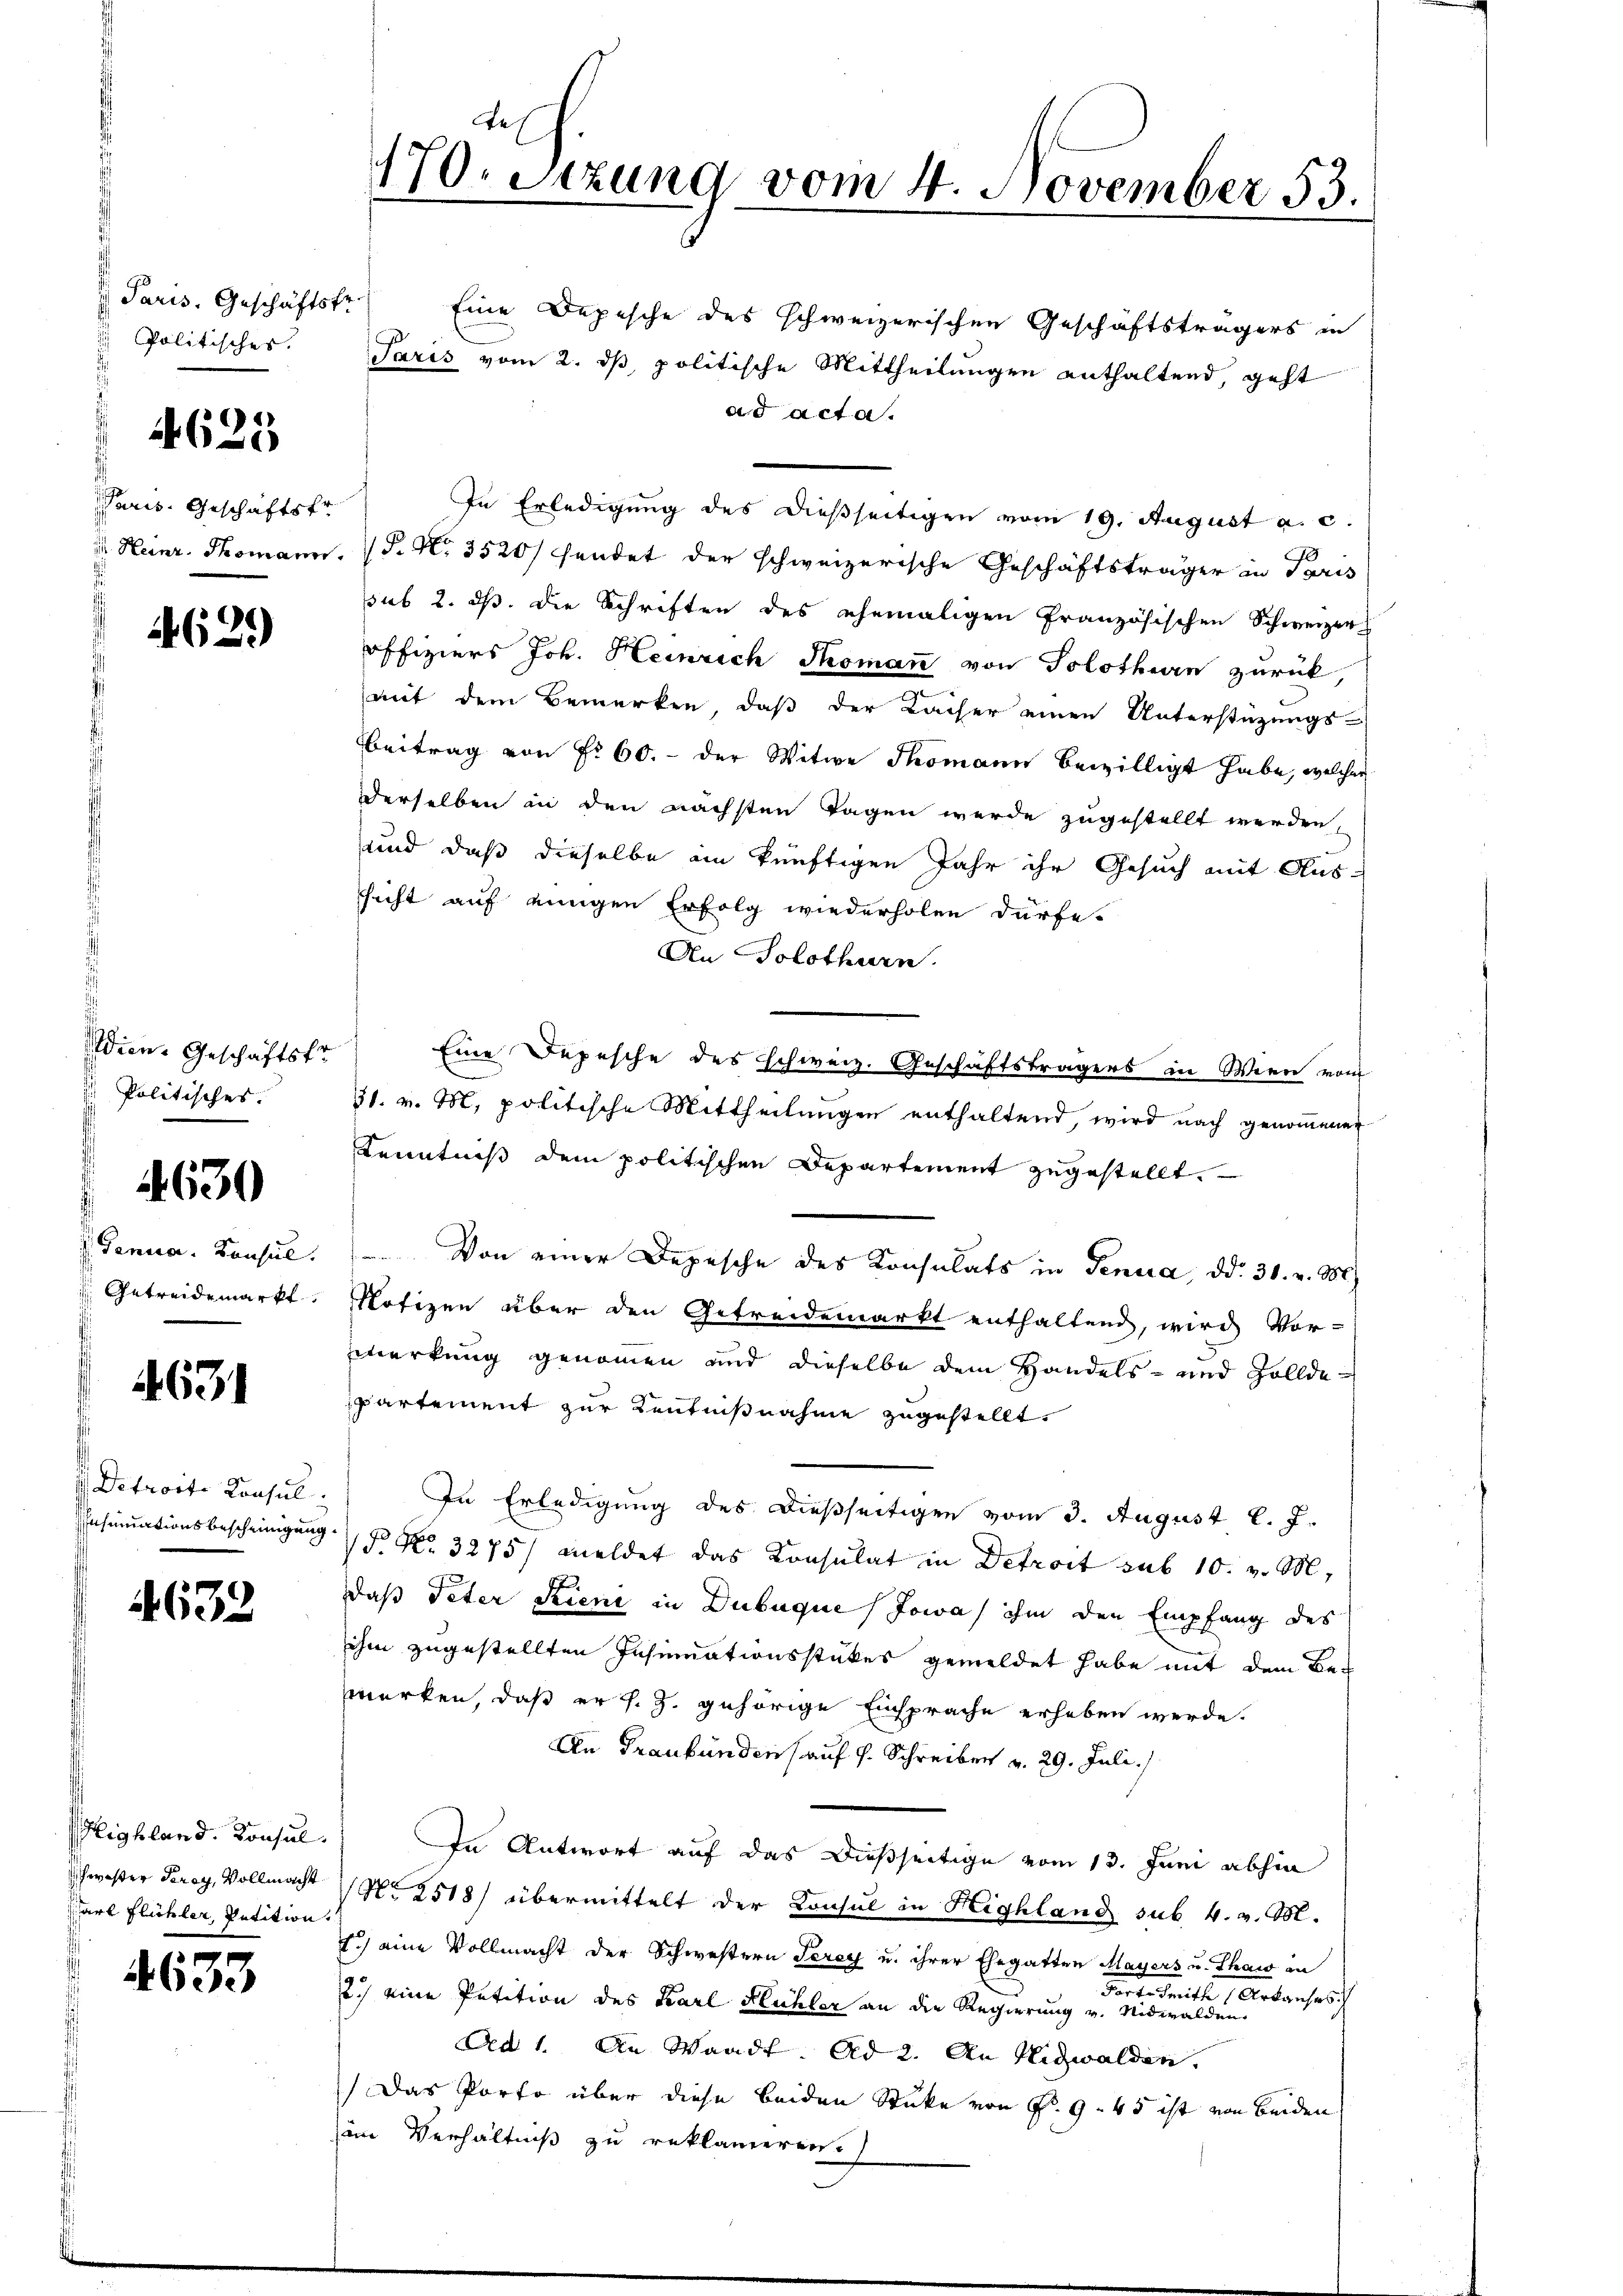
Paris. Geschäftsfr.
Politisches.

4625

Paris. Geschäftsfr.

621)

Politisches.

4630

Genua, Konsul
 Getreidemarkt

631

Detroit. Konsul

632

eighland. Konsul
chwister Frey, Vollmacht
art Flüchler, Petition

.
ee

s
170. Sitzung vom 4. November 53.

Eine Depesche des schweizerischen Geschäftsträgers in
Paris vom 2. ds, politische Mittheilungen enthaltend, geht
ad acta.
In Erledigung des dießseitigen vom 19. August a. c.
0
 Heinr. Thomann. P. N. 3520/ sendet der schweizerische Geschäftsträger in Paris
ssub 2. ds. die Schriften des ehemaligen französischen Schweizer
offiziers Joh. Heinrich Thoman von Solothurn zurück
mit dem Bemerken, daß der Kaiser einen Unterstüzungs-
Beitrag von Nr 60. - der Witwe Thomann bewilligt habe, welcher
derselben in den nächsten Tagen werde zugestellt werden,
und daß dieselbe ein künftigen Jahr ihr Gesuch mit Aussicht auf einigen Erfolg wiederholen dürfe.
An Solothurn.
dien. Geschäftsfr.) Eine Depesche des Schweiz. Geschäftsträgers in Wien von
31. v. M. politische Mittheilungen enthaltend, wird nach genommenen
Kenntniß dem politischen Departement zugestellt.
Von einer Depesche des Konsulats in Genua, dd. 31. v. M.
Notizen über den Getreidemarkt enthaltend, wird Vor-
erkung genommen und dieselbe dem Handels- und Zolldepartement zur Kenntnißnahme zugestellt.
In Erledigung des dießseitigen vom 3. August l. J.
Ansinuationsbescheinigung 5 No 3275/ meldet das Konsulat in Detroit sub 10. v. M.
daß Peter Kieni in Dubuque (Jowas ihm den Empfang des
ihm zugestellten Insinuationsstückes gemeldet habe mit dem Bemerken, daß er s. Z. gehörige Einsprache erheben werde.
An Graubünden auf H. Schreiben v. 29. Juli/
In Antwort auf das dießseitige vom 13. Juni abhin
No 2518) übermittelt der Konsul in Highland sub. 4. v. M.
2.) eine Vollmacht der Schwestern Terey u. ihrer Ehegatten Mayers u. Thaw in
Ferie dritte Antrache sch
.) eine Petition des Karl Flüchler an die Regierung v. Nidwalden.
Ad 1. An Waadt. Ad 2. An Nidwalden.
Das Porto über diese beiden Stücke von Fr. 945 ist von beiden
am Verhältniß zu reklamieren.